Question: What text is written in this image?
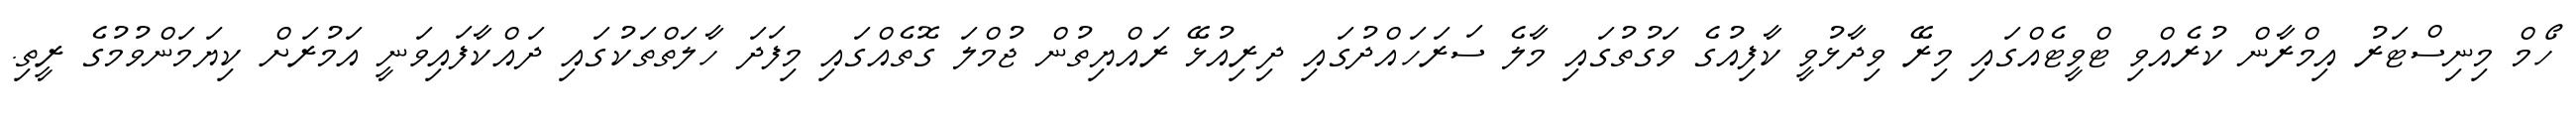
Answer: ހޯމް މިނިސްޓަރު އިމްރާން ކުރެއްވި ޓްވީޓެއްގައި މިރޭ ވިދާޅުވީ ކާފިއުގެ ވަގުތުގައި މާލެ ސަރަހައްދުގައި ދިރިއުޅޭ ރައްޔިތުން ޖުމްލަ ގޮތެއްގައި މިފަދަ ހާލަތްތަކުގައި ދައްކާފައިވަނީ އަމުރަށް ކިޔަމަންވުމުގެ ރީތި.